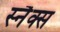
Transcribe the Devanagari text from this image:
स्‍नैक्स